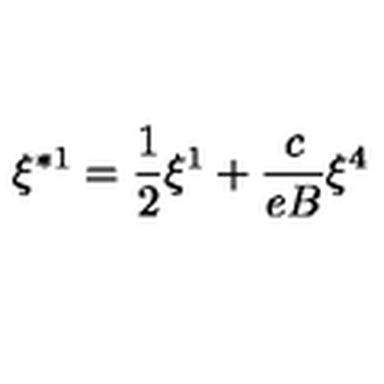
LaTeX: \xi ^ { \ast 1 } = \frac { 1 } { 2 } \xi ^ { 1 } + \frac { c } { e B } \xi ^ { 4 }